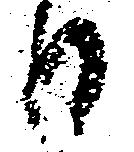
日